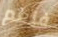
فنعم